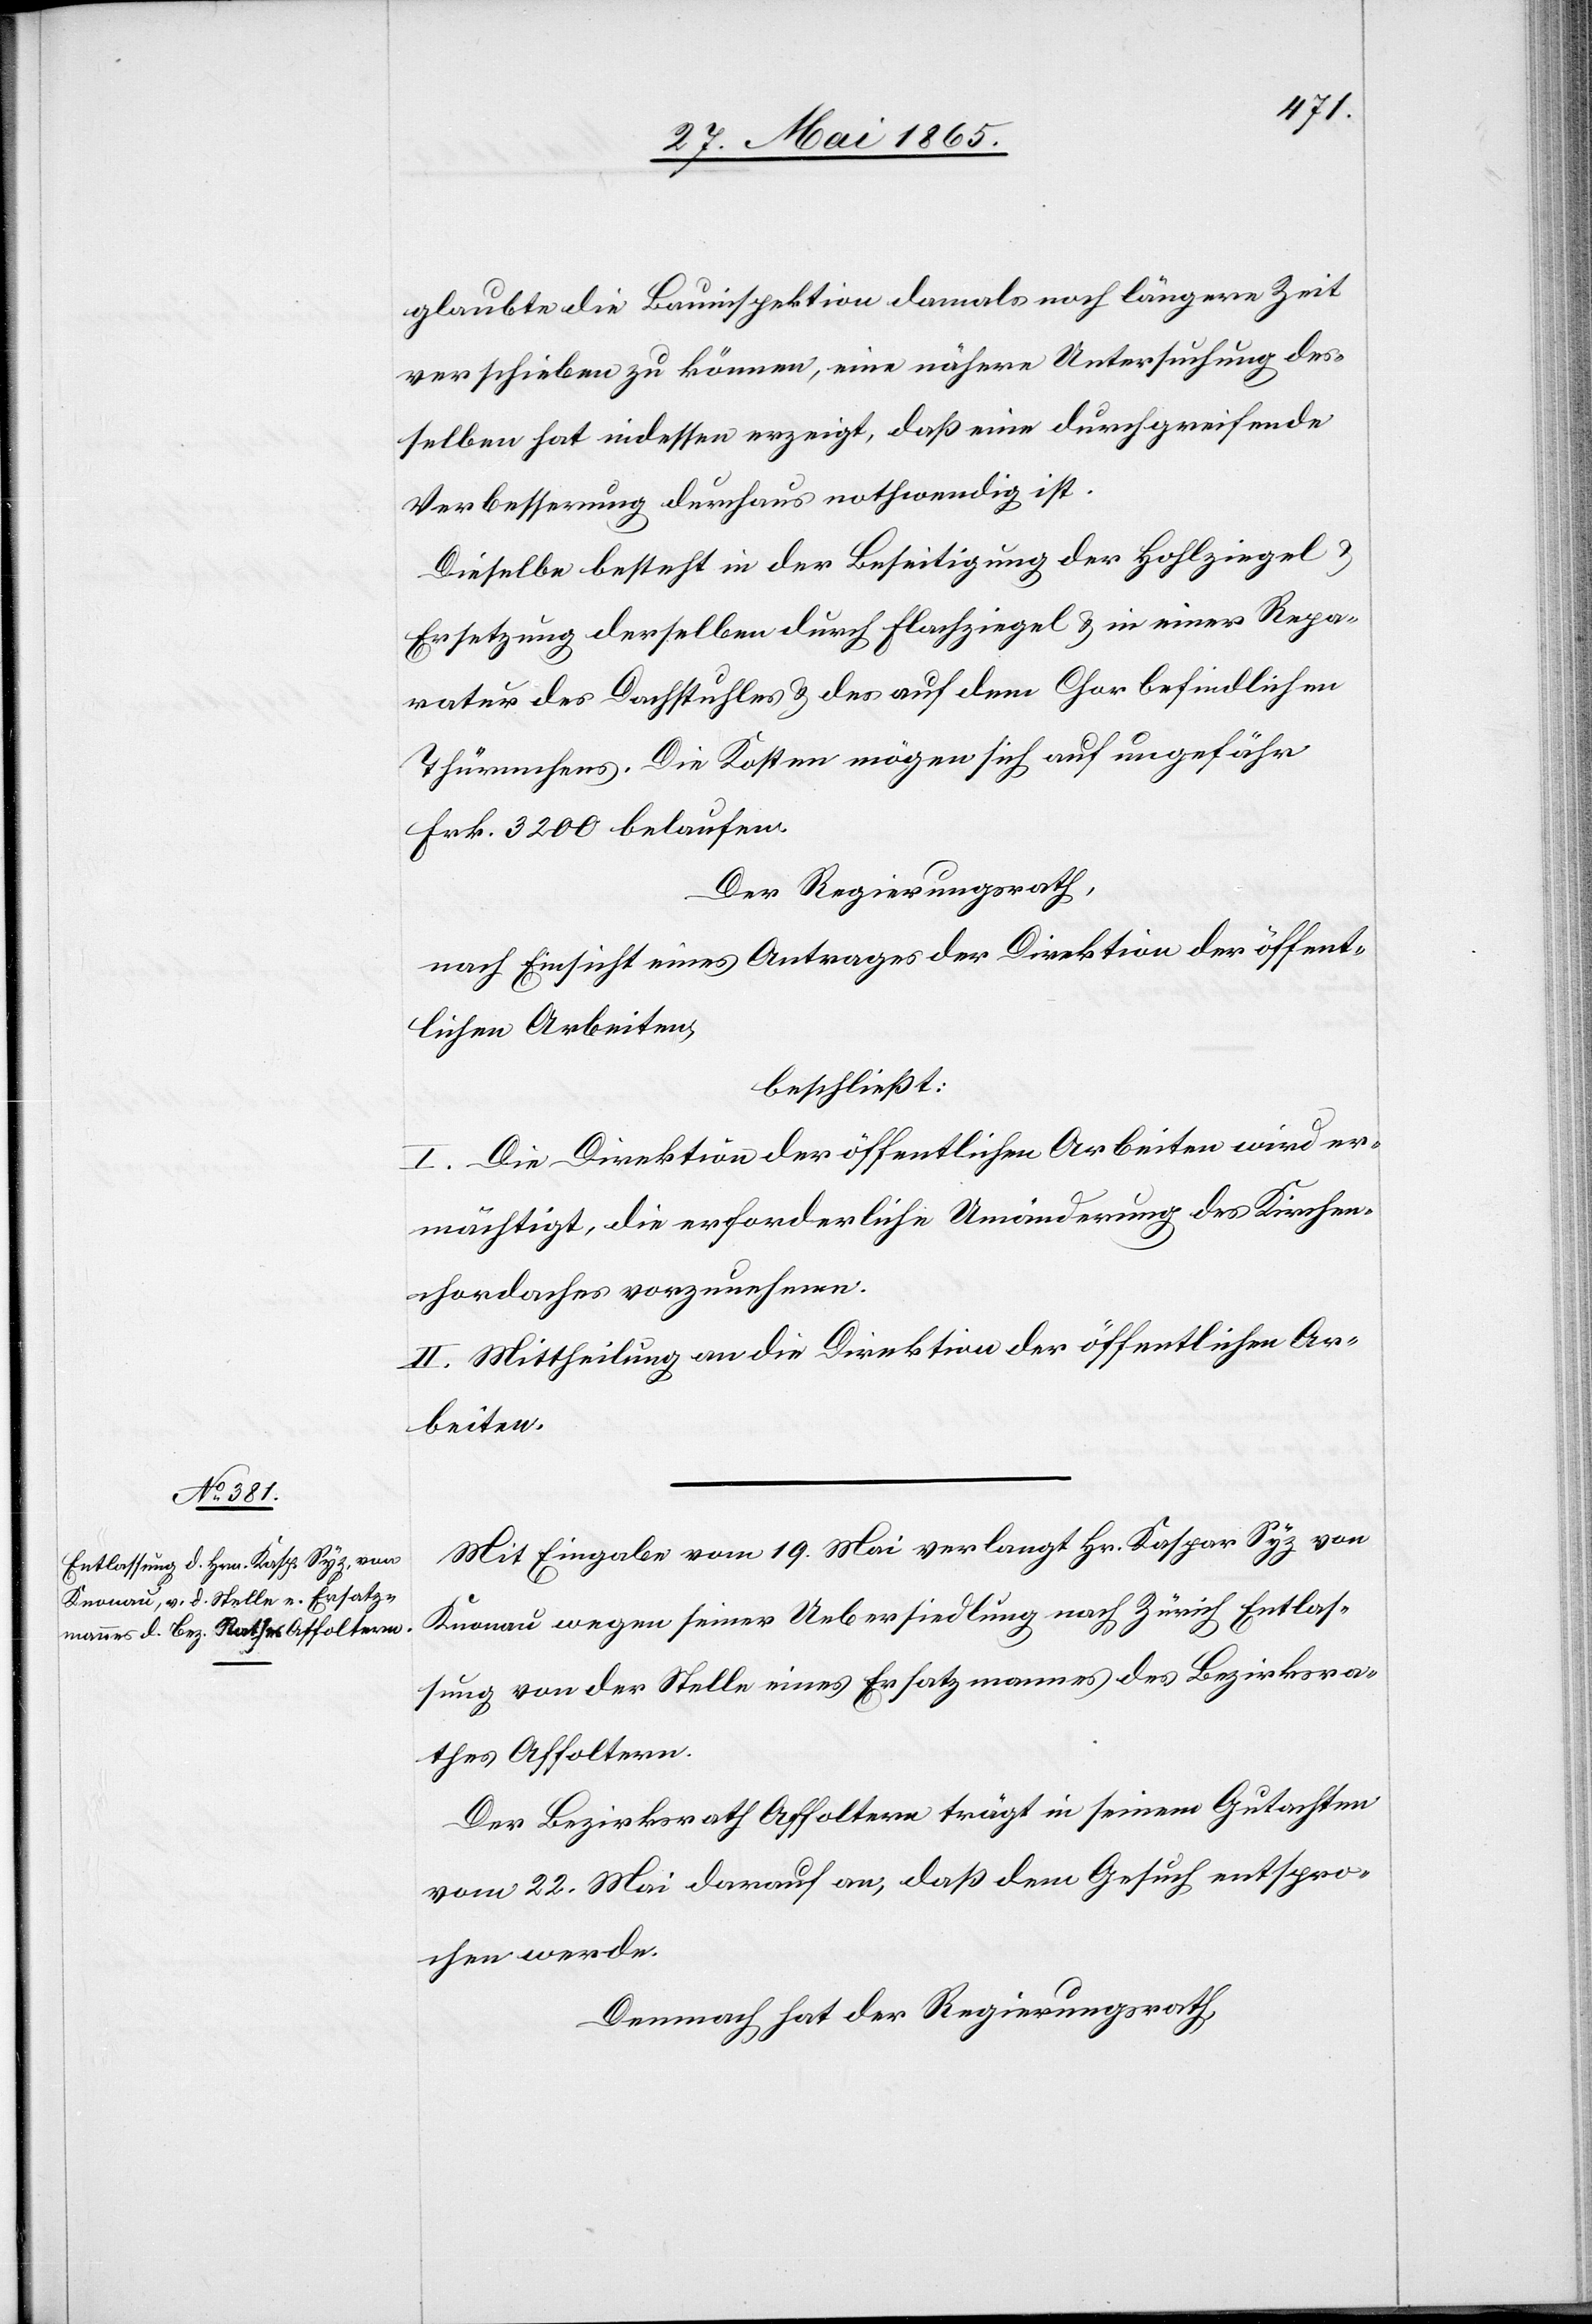
glaubte die Bauinspektion damals noch längere Zeit
verschieben zu können, eine nähere Untersuchung des¬
selben hat indessen erzeigt, daß eine durchgreifende
Verbesserung durchaus nothwendig ist.
Dieselbe besteht in der Beseitigung der Hohlziegel &
Ersetzung derselben durch Flachziegel & in einer Repa¬
ratur des Dachstuhles & des auf dem Chor befindlichen
Thürmchens. Die Kosten mögen sich auf ungefähr
Frk. 3200 belaufen.
Der Regierungsrath,
nach Einsicht eines Antrages der Direktion der öffent¬
lichen Arbeiten,
beschließt:
I. Die Direktion der öffentlichen Arbeiten wird er¬
mächtigt, die erforderliche Umänderung des Kirchen¬
chordaches vorzunehmen.
II. Mittheilung an die Direktion der öffentlichen Ar¬
beiten.
Mit Eingabe vom 19. Mai verlangt Hr. Kaspar Syz von
Knonau wegen seiner Uebersiedlung nach Zürich Entlas¬
sung von der Stelle eines Ersatzmannes des Bezirksra¬
thes Affoltern.
Der Bezirksrath Affoltern trägt in seinem Gutachten
vom 22. Mai darauf an, daß dem Gesuch entspro¬
chen werde.
Demnach hat der Regierungsrath